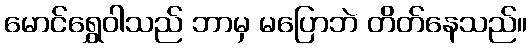
မောင်ရွှေဝါသည် ဘာမှ မပြောဘဲ တိတ်နေသည်။